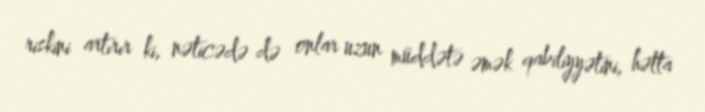
riskini artırır ki, nəticədə də onlar uzun müddətə əmək qabiliyyətini, hətta